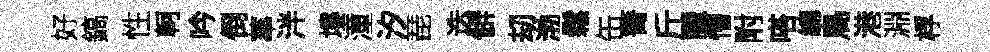
好鎬性軻吟倒蕐泮塿潼汐琵迭僻刧渤鬆缶箐斤臘懵附嗒總鳥港淵桴